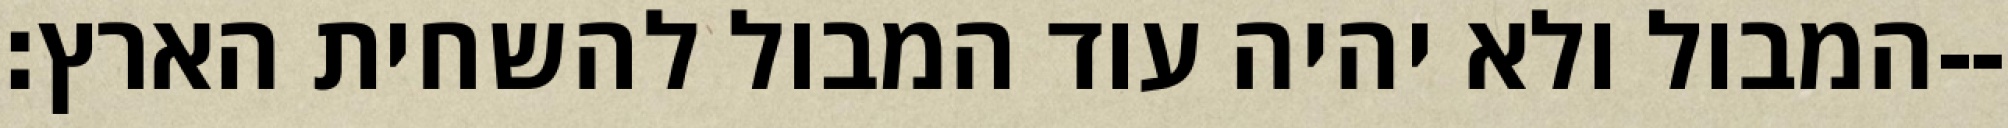
המבול ולא יהיה עוד המבול להשחית הארץ׃--